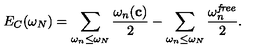
E _ { C } ( \omega _ { N } ) = \sum _ { \omega _ { n } \leq \omega _ { N } } { \frac { \omega _ { n } ( { \bf c } ) } { 2 } } - \sum _ { \omega _ { n } \leq \omega _ { N } } { \frac { \omega _ { n } ^ { \it f r e e } } { 2 } } .